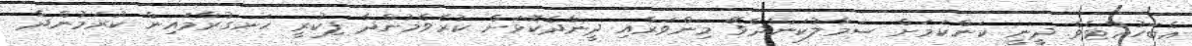
އެބަހުއްޓެވެ. ދީނީ ކަންކަމަށް ސަމާލުކަންދެވޭ މިންވަރާއި ދީނާދެކޮޅަށް ކުރެވެމުންދާ ފިކުރީ ހަނގުރާމައިން ކުރަމުންދާ